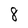
Character: 8